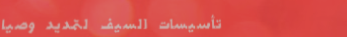
تأسيسات السيف لتمديد وصيا